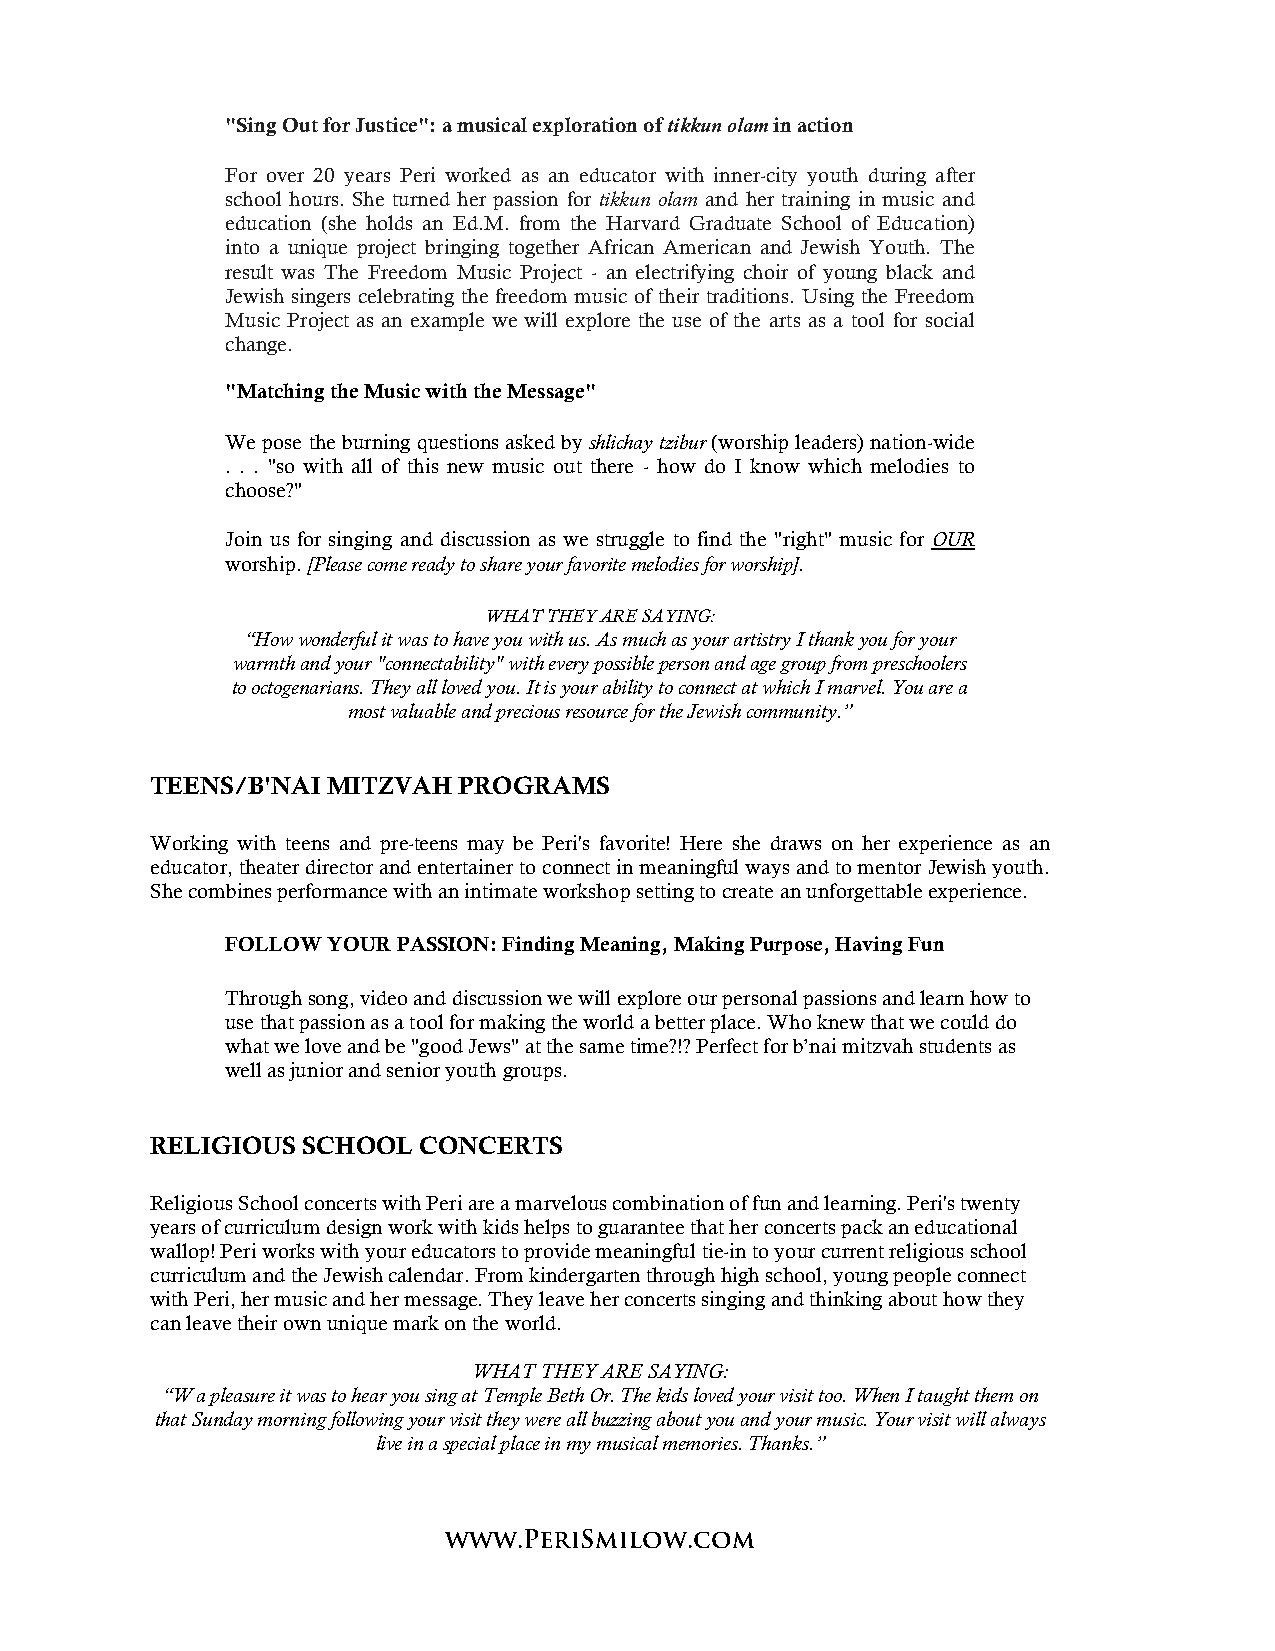
"Sing Out for Justice": a musical exploration of tikkun olam in action
 For over 20 years Peri worked as an educator with inner-city youth during after
 school hours. She turned her passion for tikkun olam and her training in music and
 education (she holds an Ed.M. from the Harvard Graduate School of Education)
 into a unique project bringing together African American and Jewish Youth. The
 result was The Freedom Music Project - an electrifying choir of young black and
 Jewish singers celebrating the freedom music of their traditions. Using the Freedom
 Music Project as an example we will explore the use of the arts as a tool for social
 change.
 "Matching the Music with the Message"
 We pose the burning questions asked by shlichay tzibur (worship leaders) nation-wide
 . . . "so with all of this new music out there - how do I know which melodies to
 choose?"
 Join us for singing and discussion as we struggle to find the "right" music for OUR
 worship. [Please come ready to share your favorite melodies for worship].
 WHAT THEY ARE SAYING:
 “How wonderful it was to have you with us. As much as your artistry I thank you for your
 warmth and your "connectability" with every possible person and age group from preschoolers
 to octogenarians. They all loved you. It is your ability to connect at which I marvel. You are a
 most valuable and precious resource for the Jewish community.”
 TEENS/B'NAI MITZVAH PROGRAMS
 Working with teens and pre-teens may be Peri's favorite! Here she draws on her experience as an
 educator, theater director and entertainer to connect in meaningful ways and to mentor Jewish youth.
 She combines performance with an intimate workshop setting to create an unforgettable experience.
 FOLLOW YOUR PASSION: Finding Meaning, Making Purpose, Having Fun
 Through song, video and discussion we will explore our personal passions and learn how to
 use that passion as a tool for making the world a better place. Who knew that we could do
 what we love and be "good Jews" at the same time?!? Perfect for b’nai mitzvah students as
 well as junior and senior youth groups.
 RELIGIOUS SCHOOL  CONCERTS
 Religious School concerts with Peri are a marvelous combination of fun and learning. Peri's twenty
 years of curriculum design work with kids helps to guarantee that her concerts pack an educational
 wallop! Peri works with your educators to provide meaningful tie-in to your current religious school
 curriculum and the Jewish calendar. From kindergarten through high school, young people connect
 with Peri, her music and her message. They leave her concerts singing and thinking about how they
 can leave their own unique mark on the world.
 WHAT THEY ARE SAYING:
 “W a pleasure it was to hear you sing at Temple Beth Or. The kids loved your visit too. When I taught them on
 that Sunday morning following your visit they were all buzzing about you and your music. Your visit will always
 live in a special place in my musical memories. Thanks.”
 www.PeriSmilow.com